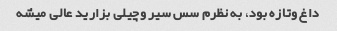
داغ و‌تازه بود، به نظرم سس سیر و‌چیلی بزارید عالی میشه